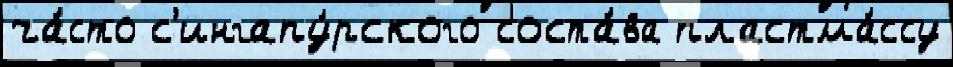
ча́сто с'ингапу́рского соста́ва пластма́ссу